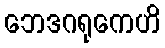
ဘေဒဂရုကေဟိ